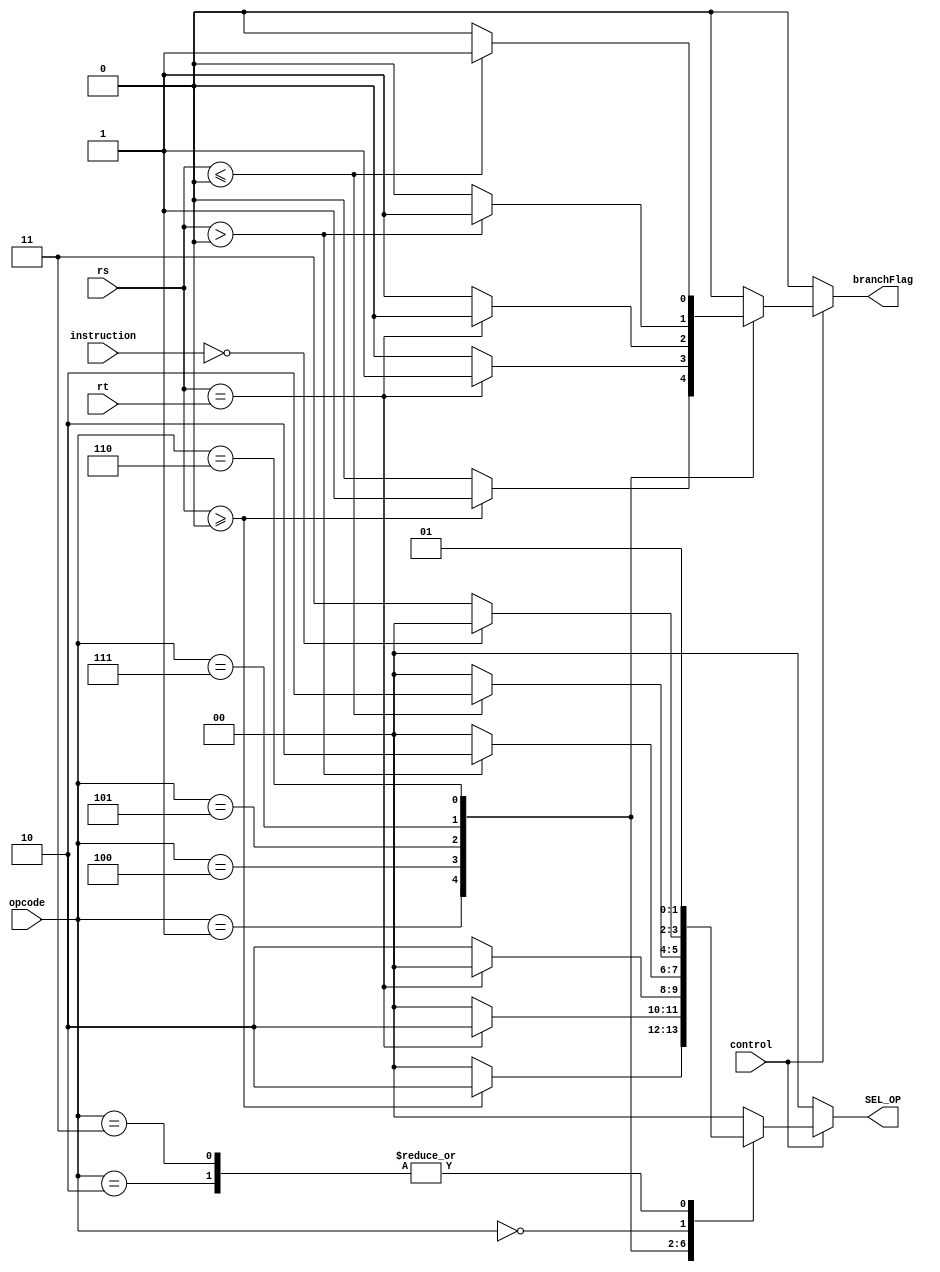
`timescale 1ns / 1ps
//////////////////////////////////////////////////////////////////////////////////
// Company: 
// Engineer: 
// Christopher Bremser - 33.0%
// Alan Manual Loreto Cornidez - 33.0%
// Haseeb Irfan - 33.0 %
// Ali Akoglu - 1% 
// Design Name: 
// Module Name: Branch_ALU
// Project Name: 
// Target Devices: 
// Tool Versions: 
// Description: 
// 
// Dependencies: 
// 
// Revision:
// Revision 0.01 - File Created
// Additional Comments:
// 
//////////////////////////////////////////////////////////////////////////////////


module Branch_ALU(instruction, rs, rt, opcode, control,  branchFlag, SEL_OP);
input [31:0] instruction; 
input [31:0]rs;
input [31:0]rt; 
input [5:0]opcode;
input control;
output reg branchFlag;
output reg [1:0]SEL_OP;


always@(*) begin
    

    if (control == 0 ) begin
      branchFlag <=0;
      SEL_OP <= 2'b00; 
    end
    
    else begin
    case(opcode)
   
    6'b000001:
    //BGEZ
    if (rs >= 0) begin
    branchFlag <= 1; 
    SEL_OP  <= 2'b10;
    
    end
    else begin
    branchFlag <= 0;
    SEL_OP <= 2'b00;
    end
         
    
    6'b000100:
    // BEQ
    if(rs == rt) begin
    branchFlag <= 1;
    SEL_OP <= 2'b10;
    
    end
    else begin
    branchFlag <= 0; 
    SEL_OP <= 2'b00;
    
    end
    
     6'b000101:
    // BNE
    if(!(rs == rt)) begin
    branchFlag <= 1;
    SEL_OP <= 2'b10;
    
    end
    else begin
    branchFlag <= 0; 
    SEL_OP <= 2'b00;
    
    end
    
    6'b000111:
    //BGTZ
    if(rs > 0 ) begin
    branchFlag <= 1; 
    SEL_OP <= 2'b10;
    
    end
    else begin
    branchFlag <= 0;
    SEL_OP <= 2'b00;
    end
    
    6'b000110:
    // BLEZ
    if( rs <= 0) begin
    branchFlag <= 1;
    SEL_OP <= 2'b10;
    
    end
    
    else begin
    branchFlag <= 0;
    SEL_OP <= 2'b00;
    end
    
    
    6'b000001:
    //BLTZ
    
    if ( rs < 0) begin
    branchFlag <= 1;
    SEL_OP <= 2'b10;
    
    
    end
    
    else begin
    branchFlag <= 0;
    SEL_OP <= 2'b00;
    end
    
    6'b000010:
    //J
    begin
    branchFlag <= 0;
    SEL_OP <= 2'b01;
    
    end 
    6'b000000:
    // Jr
    
    begin
    if (instruction == 32'h00000000)begin
    branchFlag <= 0;
    SEL_OP <= 2'b0;
    end
    else begin
    branchFlag  <= 0;
    SEL_OP <= 2'b11; // Sending Funct Code instead of Opcode because opcode 
    end
    end
    6'b000011:
    // JAL 
    begin
    branchFlag <= 0;
    SEL_OP <= 2'b01;
    end
     default: 
    begin
    branchFlag <= 0;
    SEL_OP <= 2'b00;
    end
    endcase
end
end

endmodule